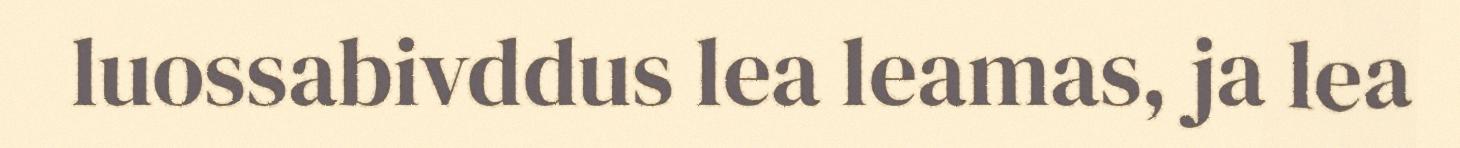
luossabivddus lea leamas, ja lea